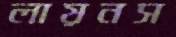
লায়নস